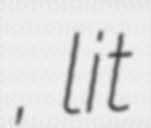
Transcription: Хаптаҕай, lit